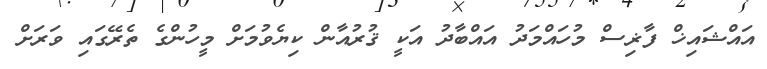
އައްޝައިޚް ފާޜިސް މުހައްމަދު އައްބާދު އަކީ ޤުރުއާން ކިޔެވުމަށް މީހުންގެ ތެރޭގައި ވަރަށް